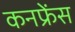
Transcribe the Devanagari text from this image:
कनफ्रेंस